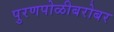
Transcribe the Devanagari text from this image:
पुरणपोळीबरोबर